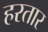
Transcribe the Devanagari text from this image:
हरतार